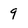
Character: 9